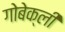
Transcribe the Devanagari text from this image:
गोबेक्ली